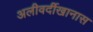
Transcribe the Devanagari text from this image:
अलीवर्दीखानास